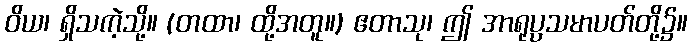
ဝိယ၊ ရှိသကဲ့သို့။ (တထာ၊ ထို့အတူ။) ဧတာသု၊ ဤ အာရုပ္ပသမာပတ်တို့၌။